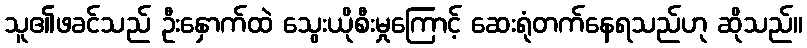
သူ၏ဖခင်သည် ဦးနှောက်ထဲ သွေးယိုစီးမှုကြောင့် ဆေးရုံတက်နေရသည်ဟု ဆိုသည်။